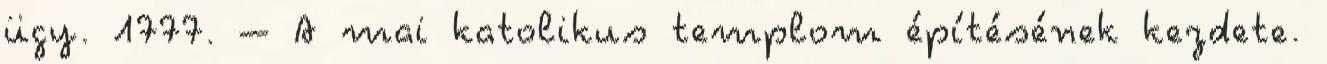
ügy. 1777. – A mai katolikus templom építésének kezdete.